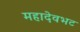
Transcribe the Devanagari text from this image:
महादेवभट